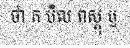
ថា ក បិល ពស្តុ ឬ